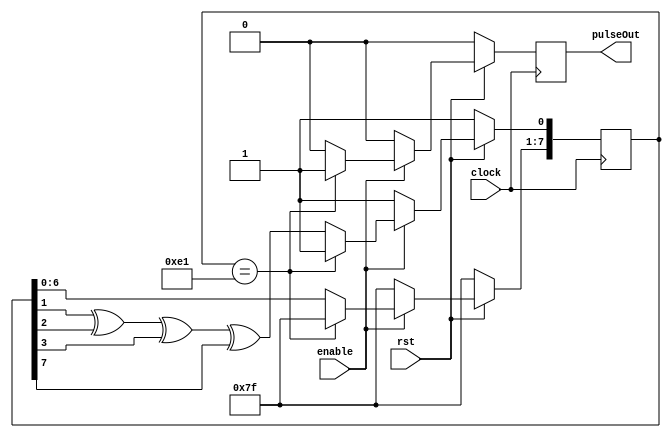

module LFSRTimer_1ms(clock, rst, enable, pulseOut);
  input clock;
  input rst;
  input enable;
  output pulseOut;

  reg pulse;
  reg [7:0] LFSR;
  wire feedback = LFSR[7];

  always @(posedge clock) begin
    if (rst == 0) begin
      LFSR <= 8'b11111111;
      pulse <= 0;
    end
    else begin
      if(enable == 1) begin
        //8'b11100001 == 250th sequence
        if(LFSR == 8'b11100001) begin
            LFSR <= 8'b11111111;
            pulse <= 1;
        end
        else begin
          LFSR[0] <= LFSR[1] ^ LFSR[2] ^ LFSR[3] ^ LFSR[7];
          LFSR[7:1] <= LFSR[6:0];
          pulse <= 0;
        end
      end
      else begin
        LFSR <=  8'b11111111;//Init Val;
        pulse <= 0;
      end
    end

  end

  assign pulseOut = pulse;
endmodule